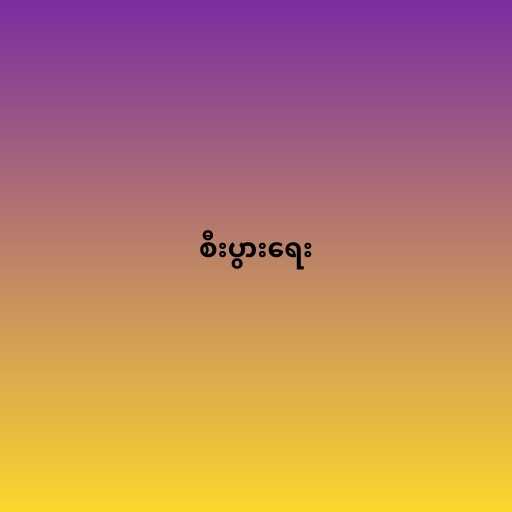
စီးပွားရေး